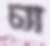
চ্যা